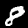
Label: 8